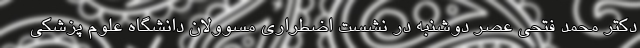
دکتر محمد فتحی عصر دوشنبه در نشست اضطراری مسوولان دانشگاه علوم پزشکی